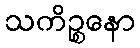
သကိဉ္စနော